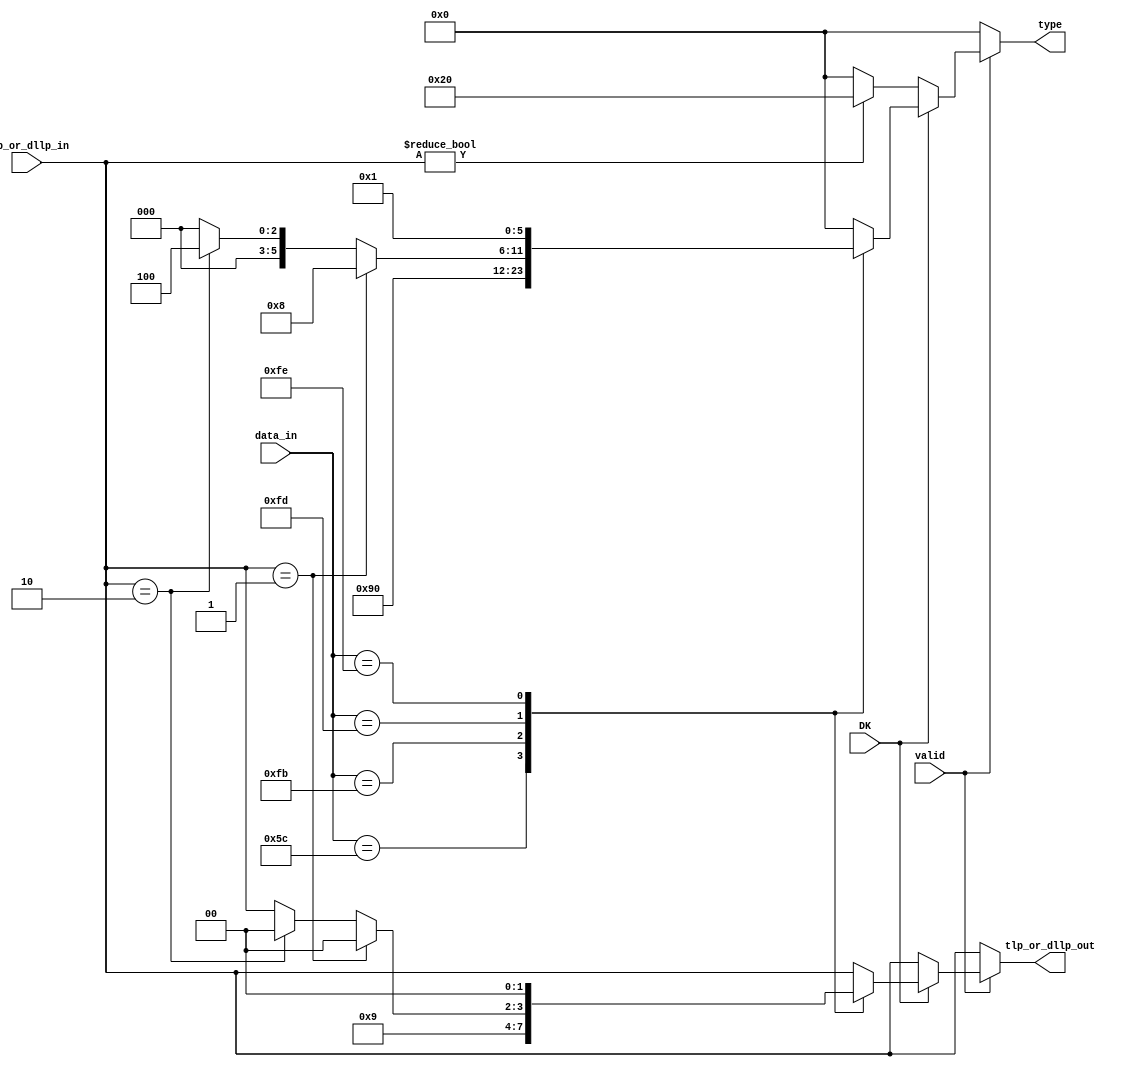
module check_byte(
    input   [7:0]data_in,
    input   [1:0]tlp_or_dllp_in, 
    input   valid,
    input   DK,

    output  [5:0]type,
    output  [1:0]tlp_or_dllp_out
);
// data boundries
    localparam STP = 8'b111_11011 ;
    localparam SDP = 8'b010_11100 ;
    localparam END = 8'b111_11101 ;
    localparam EDB = 8'b111_11110 ;
    localparam PAD = 8'b111_10111;

// types
    localparam data       = 6'b100_000;
    localparam  not_valid = 6'b000_000;
    localparam tlpstart   = 6'b010_000;
    localparam tlpend     = 6'b001_000;
    localparam dllpend    = 6'b000_100;
    localparam dllpstart  = 6'b000_010;
    localparam tlpedb     = 6'b000_001;
// 
    localparam tlp = 2'b01;
    localparam dllp = 2'b10;
    localparam not_valid_data = 2'b00 ;
   
    reg[5:0] type_reg;    
    reg [1:0]tlp_or_dllp_out_reg;

    reg [1:0]tlp_or_dllp_in_reg;

    always @*
    begin
       tlp_or_dllp_out_reg=tlp_or_dllp_in;
        type_reg=not_valid;  
        if(valid)begin
            if(DK)
            begin
              case (data_in)
            SDP:begin
                tlp_or_dllp_out_reg = dllp;
                type_reg = dllpstart;

                
            end 
            STP:begin
                    tlp_or_dllp_out_reg = tlp;  
                    type_reg = tlpstart;
                end
        
            END:begin
                if (tlp_or_dllp_in == dllp)
                    begin
                        tlp_or_dllp_out_reg = not_valid_data;
                        type_reg = dllpend;
                    end
                 if (tlp_or_dllp_in == tlp) begin
                    tlp_or_dllp_out_reg = not_valid_data;
                    type_reg = tlpend;     
                 end
                end    
            
           
            EDB: begin
                type_reg = tlpedb ;
                tlp_or_dllp_out_reg = not_valid_data;
                end             
        
            PAD:type_reg = not_valid; 
              endcase  
            end
            else 
            begin
              if(tlp_or_dllp_in != not_valid_data)begin 
               type_reg=data;
              end 
              else
               begin
                   type_reg=not_valid;
              end  
            end
        end
        else 
        begin
            type_reg=not_valid;    
        end
    end

assign type = type_reg;
assign tlp_or_dllp_out = tlp_or_dllp_out_reg;

endmodule